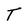
Character: T